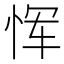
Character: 恽